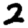
Digit: 2